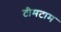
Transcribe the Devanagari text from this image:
टीमटाम